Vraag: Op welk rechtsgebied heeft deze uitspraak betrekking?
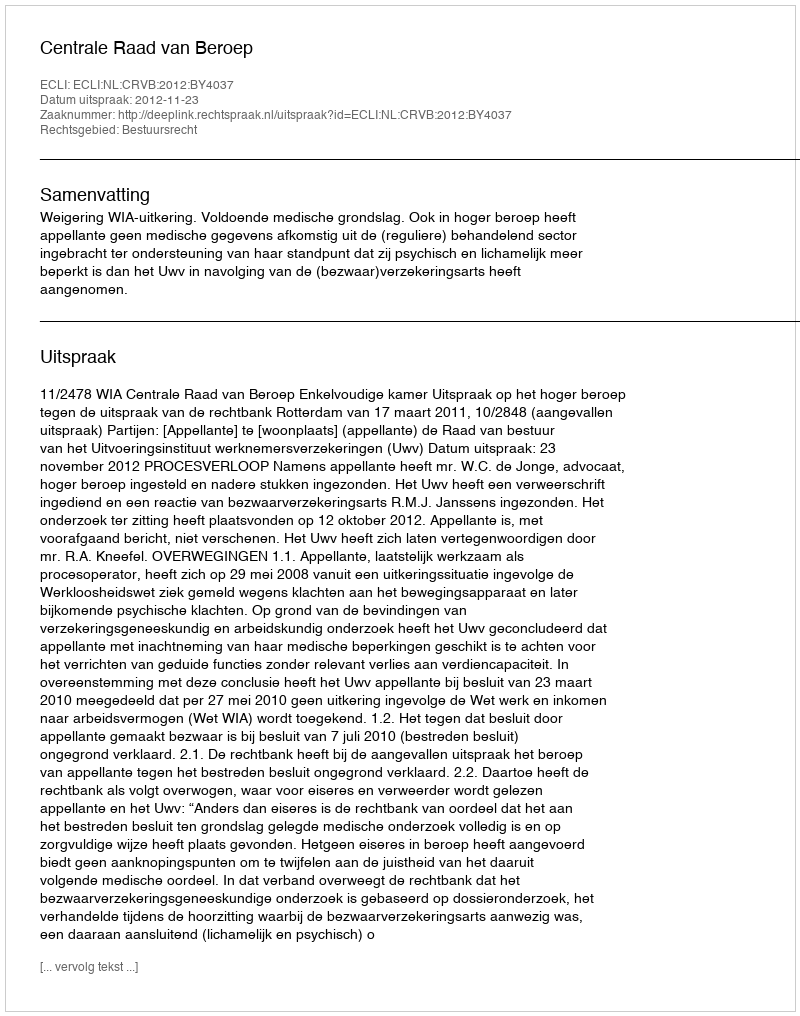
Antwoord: Bestuursrecht